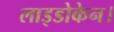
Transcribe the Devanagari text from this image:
लाइडोकेन।